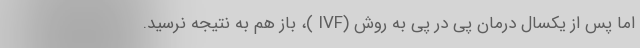
اما پس از یکسال درمان پی در پی به روش (IVF )، باز هم به نتیجه نرسید.